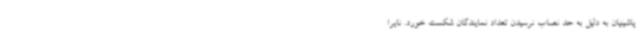
پاشینیان به دلیل به حد نصاب نرسیدن تعداد نمایندگان شکست خورد. نایرا